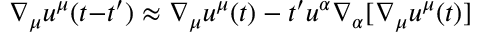
\nabla _ { \mu } u ^ { \mu } ( t { - } t ^ { \prime } ) \approx \nabla _ { \mu } u ^ { \mu } ( t ) - t ^ { \prime } u ^ { \alpha } \nabla _ { \alpha } [ \nabla _ { \mu } u ^ { \mu } ( t ) ]